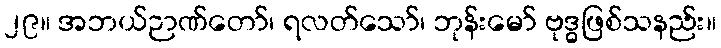
၂၉။ အဘယ်ဉာဏ်တော်၊ ရလတ်သော်၊ ဘုန်းမော် ဗုဒ္ဓဖြစ်သနည်း။